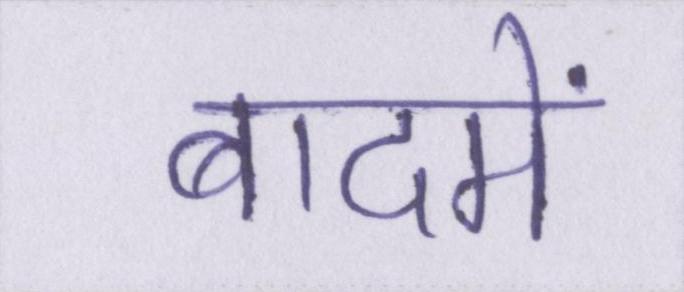
बादमें